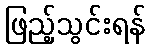
ဖြည့်သွင်းရန်